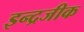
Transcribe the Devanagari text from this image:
इन्द्रजीक